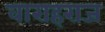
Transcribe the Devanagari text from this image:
वाराहराज